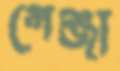
গেঞ্জা